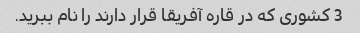
3 کشوری که در قاره آفریقا قرار دارند را نام ببرید.